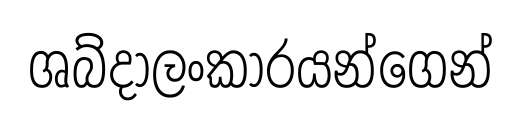
ශබ්දාලංකාරයන්ගෙන්